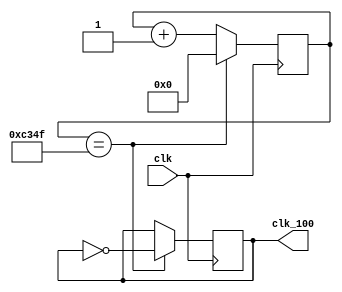
`timescale 1ns / 1ns

module clk_div_100(clk, clk_100);
input clk;
output reg clk_100=0;

reg [15:0] clk_cnt=0;
always@(posedge clk) begin
        if(clk_cnt==16'd49999)begin
            clk_100 <= ~clk_100;
            clk_cnt <= 19'd0;
        end
        else begin
            clk_cnt <= clk_cnt + 1;
        end
    end
endmodule